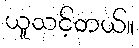
ယူသင့်တယ်။